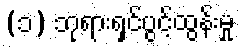
(၁) ဘုရားရှင်ပွင့်ထွန်းမှု